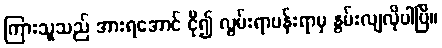
ကြားသူသည် အားရအောင် ငို၍ လွမ်းရာပန်းရာမှ နွမ်းလျလိုပါပြီ။